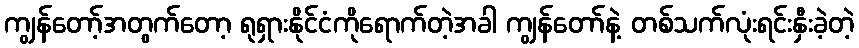
ကျွန်တော့်အတွက်တော့ ရုရှားနိုင်ငံကိုရောက်တဲ့အခါ ကျွန်တော်နဲ့ တစ်သက်လုံးရင်းနှီးခဲ့တဲ့